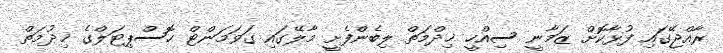
ރާއްޖޭގައި ފުޅާކޮށް ޒަމާނީ ސިއްހީ ޚިދްމަތް ލިބެންފެށީ މާލޭގައި ގަވަމަންޓް ހޮސްޕިޓަލްގެ ޚިދުމަތް